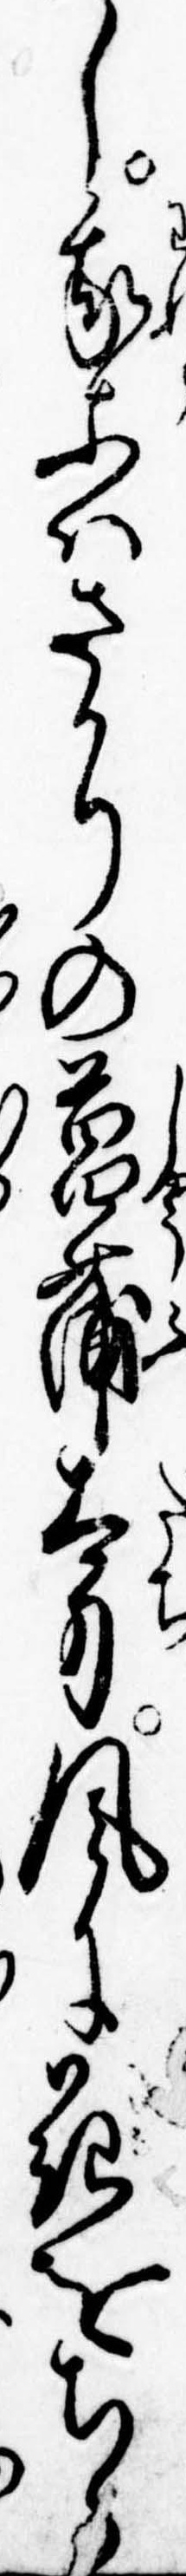
し我等はさかりの菖蒲太刀風に花をちら